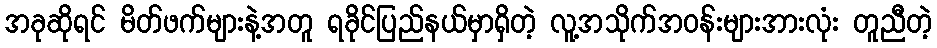
အခုဆိုရင် မိတ်ဖက်များနဲ့အတူ ရခိုင်ပြည်နယ်မှာရှိတဲ့ လူ့အသိုက်အဝန်းများအားလုံး တူညီတဲ့